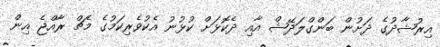
އިރުޝާދުގެ ދަށުން ބަންގްލަދޭޝް އާއި ދެކޮޅަށް ކުޅުނު އެކުވެރިކަމުގެ މެޗް ރާއްޖެ އިން